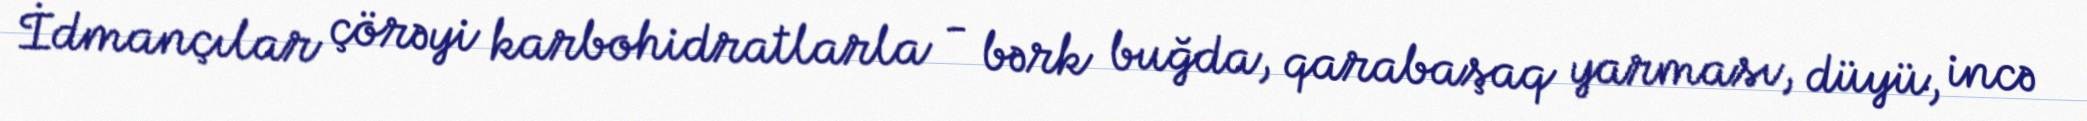
İdmançılar çörəyi karbohidratlarla - bərk buğda, qarabaşaq yarması, düyü, incə